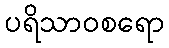
ပရိသာဝစရော